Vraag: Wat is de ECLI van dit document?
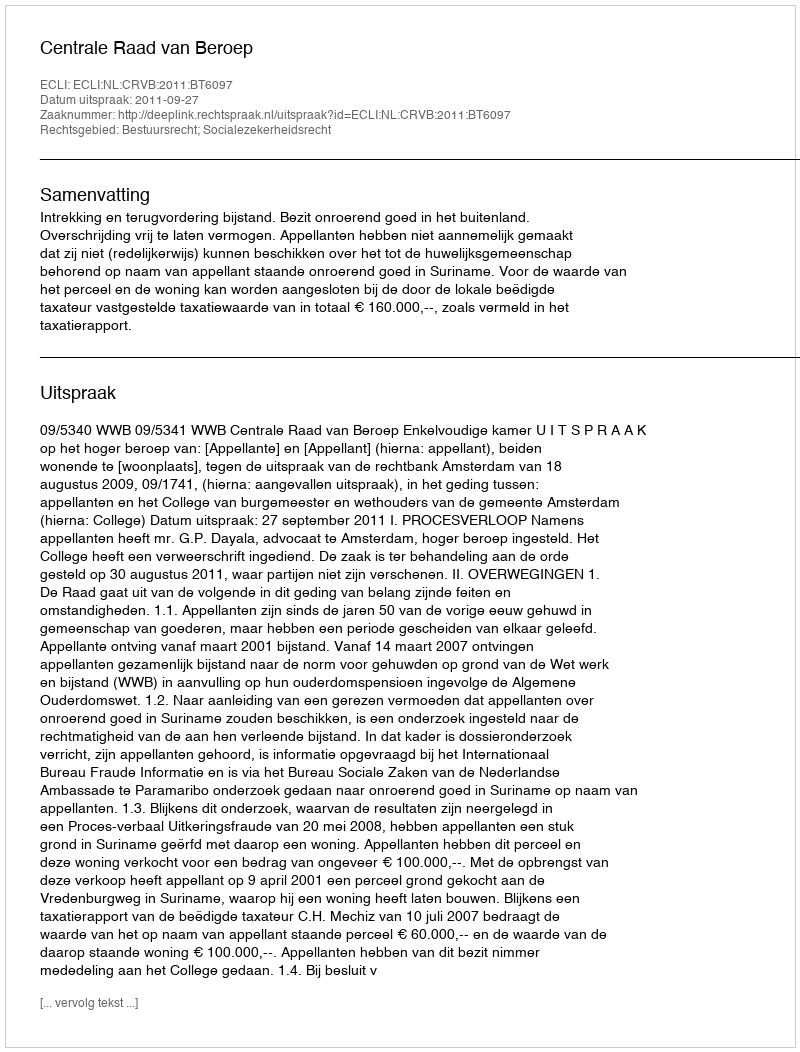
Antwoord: ECLI:NL:CRVB:2011:BT6097